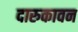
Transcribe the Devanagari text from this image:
दारुकावन